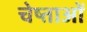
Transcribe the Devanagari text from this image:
चेष्ताओं